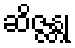
ဆိဇ္ဇန္တု